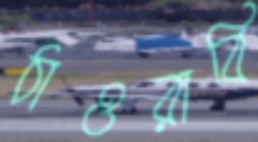
ঠাওরাবি